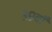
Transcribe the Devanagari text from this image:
३९वाँ